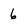
Character: 6